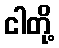
ငါတို့